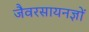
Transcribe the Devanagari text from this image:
जैवरसायनज्ञों